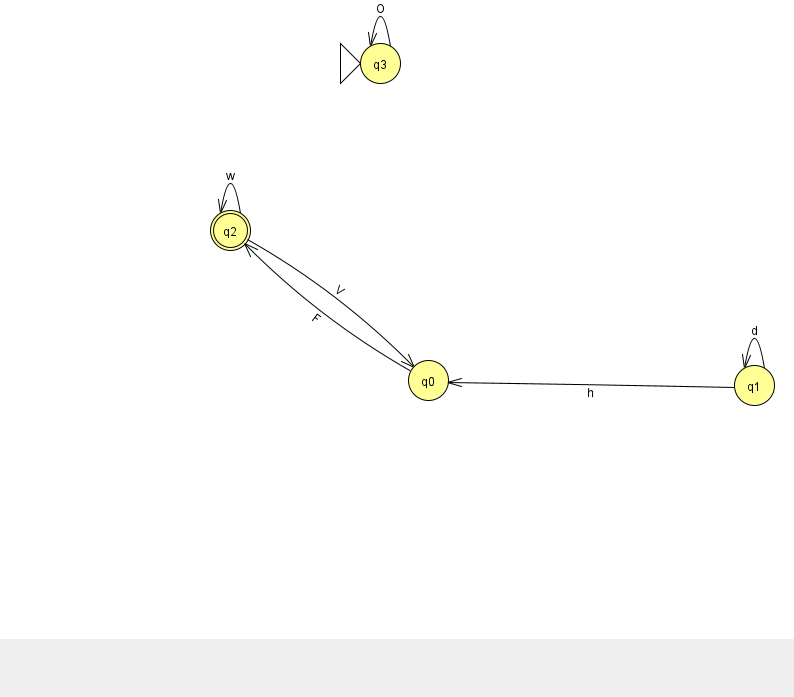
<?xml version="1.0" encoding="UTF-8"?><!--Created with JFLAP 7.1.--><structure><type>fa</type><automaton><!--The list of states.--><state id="0" name="q0"><x>428.0</x><y>367.0</y></state><state id="1" name="q1"><x>754.0</x><y>372.0</y></state><state id="2" name="q2"><x>230.0</x><y>217.0</y><final/></state><state id="3" name="q3"><x>380.0</x><y>50.0</y><initial/></state><!--The list of transitions.--><transition><from>1</from><to>1</to><read>d</read></transition><transition><from>1</from><to>0</to><read>h</read></transition><transition><from>2</from><to>2</to><read>w</read></transition><transition><from>0</from><to>2</to><read>F</read></transition><transition><from>2</from><to>0</to><read>V</read></transition><transition><from>3</from><to>3</to><read>O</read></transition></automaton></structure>